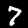
Digit: 7